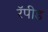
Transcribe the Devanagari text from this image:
रॅपीड